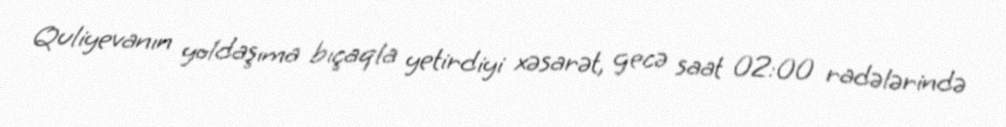
Quliyevanın yoldaşıma bıçaqla yetirdiyi xəsarət, gecə saat 02:00 radələrində